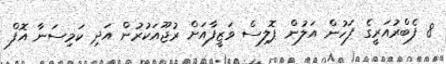
8 ފެބްރުއަރީގެ ފަހުން އަލުން ޕޮލިސް ވަޒީފާއަށް ރުޖޫއަކުރުން އަދި ކަމިސަނާ އޮފް